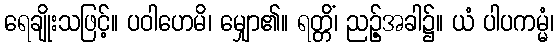
ရေချိုးသဖြင့်။ ပဝါဟေမိ၊ မျှော၏။ ရတ္တိံ၊ ညဉ့်အခါ၌။ ယံ ပါပကမ္မံ၊